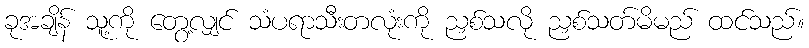
ခုအချိန် သူ့ကို တွေ့လျှင် သံပရာသီးတလုံးကို ညှစ်သလို ညှစ်သတ်မိမည် ထင်သည်။